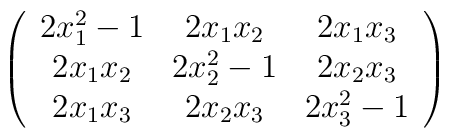
\left( \begin{array}{ccc} 2 x_{1}^{2}-1 & 2 x_{1} x_{2} & 2 x_{1}x_{3} \\ 2 x_{1} x_{2} & 2 x_{2}^{2}-1 & 2 x_{2} x_{3} \\ 2 x_{1}x_{3} & 2 x_{2} x_{3} & 2 x_{3}^{2}-1 \end{array} \right)